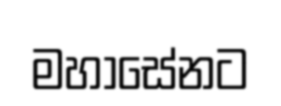
මහාසේනට